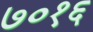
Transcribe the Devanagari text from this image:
७०१६